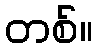
တစ်။